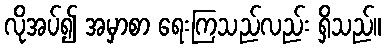
လိုအပ်၍ အမှာစာ ရေးကြသည်လည်း ရှိသည်။